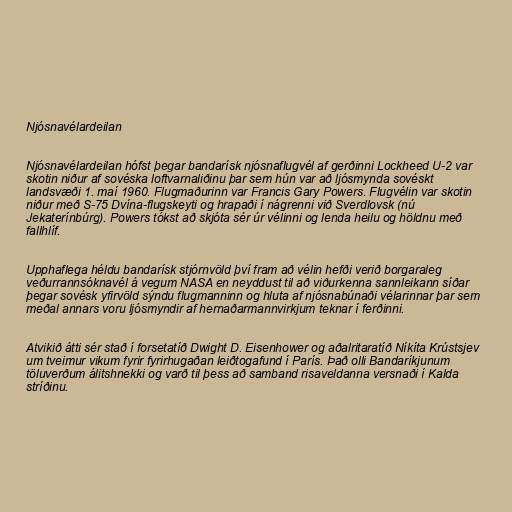
Njósnavélardeilan

Njósnavélardeilan hófst þegar bandarísk njósnaflugvél af gerðinni Lockheed U-2 var
skotin niður af sovéska loftvarnaliðinu þar sem hún var að ljósmynda sovéskt
landsvæði 1. maí 1960. Flugmaðurinn var Francis Gary Powers. Flugvélin var skotin
niður með S-75 Dvína-flugskeyti og hrapaði í nágrenni við Sverdlovsk (nú
Jekaterínbúrg). Powers tókst að skjóta sér úr vélinni og lenda heilu og höldnu með
fallhlíf.

Upphaflega héldu bandarísk stjórnvöld því fram að vélin hefði verið borgaraleg
veðurrannsóknavél á vegum NASA en neyddust til að viðurkenna sannleikann síðar
þegar sovésk yfirvöld sýndu flugmanninn og hluta af njósnabúnaði vélarinnar þar sem
meðal annars voru ljósmyndir af hernaðarmannvirkjum teknar í ferðinni.

Atvikið átti sér stað í forsetatíð Dwight D. Eisenhower og aðalritaratíð Níkíta Krústsjev
um tveimur vikum fyrir fyrirhugaðan leiðtogafund í París. Það olli Bandaríkjunum
töluverðum álitshnekki og varð til þess að samband risaveldanna versnaði í Kalda
stríðinu.